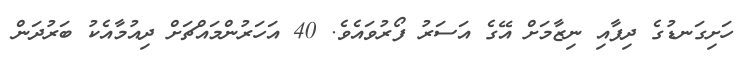
ހަށިގަނޑުގެ ދިފާއި ނިޒާމަށް އޭގެ އަސަރު ފޯރުވައެވެ. 40 އަހަރުންމައްޗަށް ދިއުމާއެކު ބަރުދަން